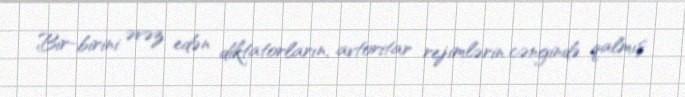
Bir-birini əvəz edən diktatorların, avtoritar rejimlərin cəngində qalmış